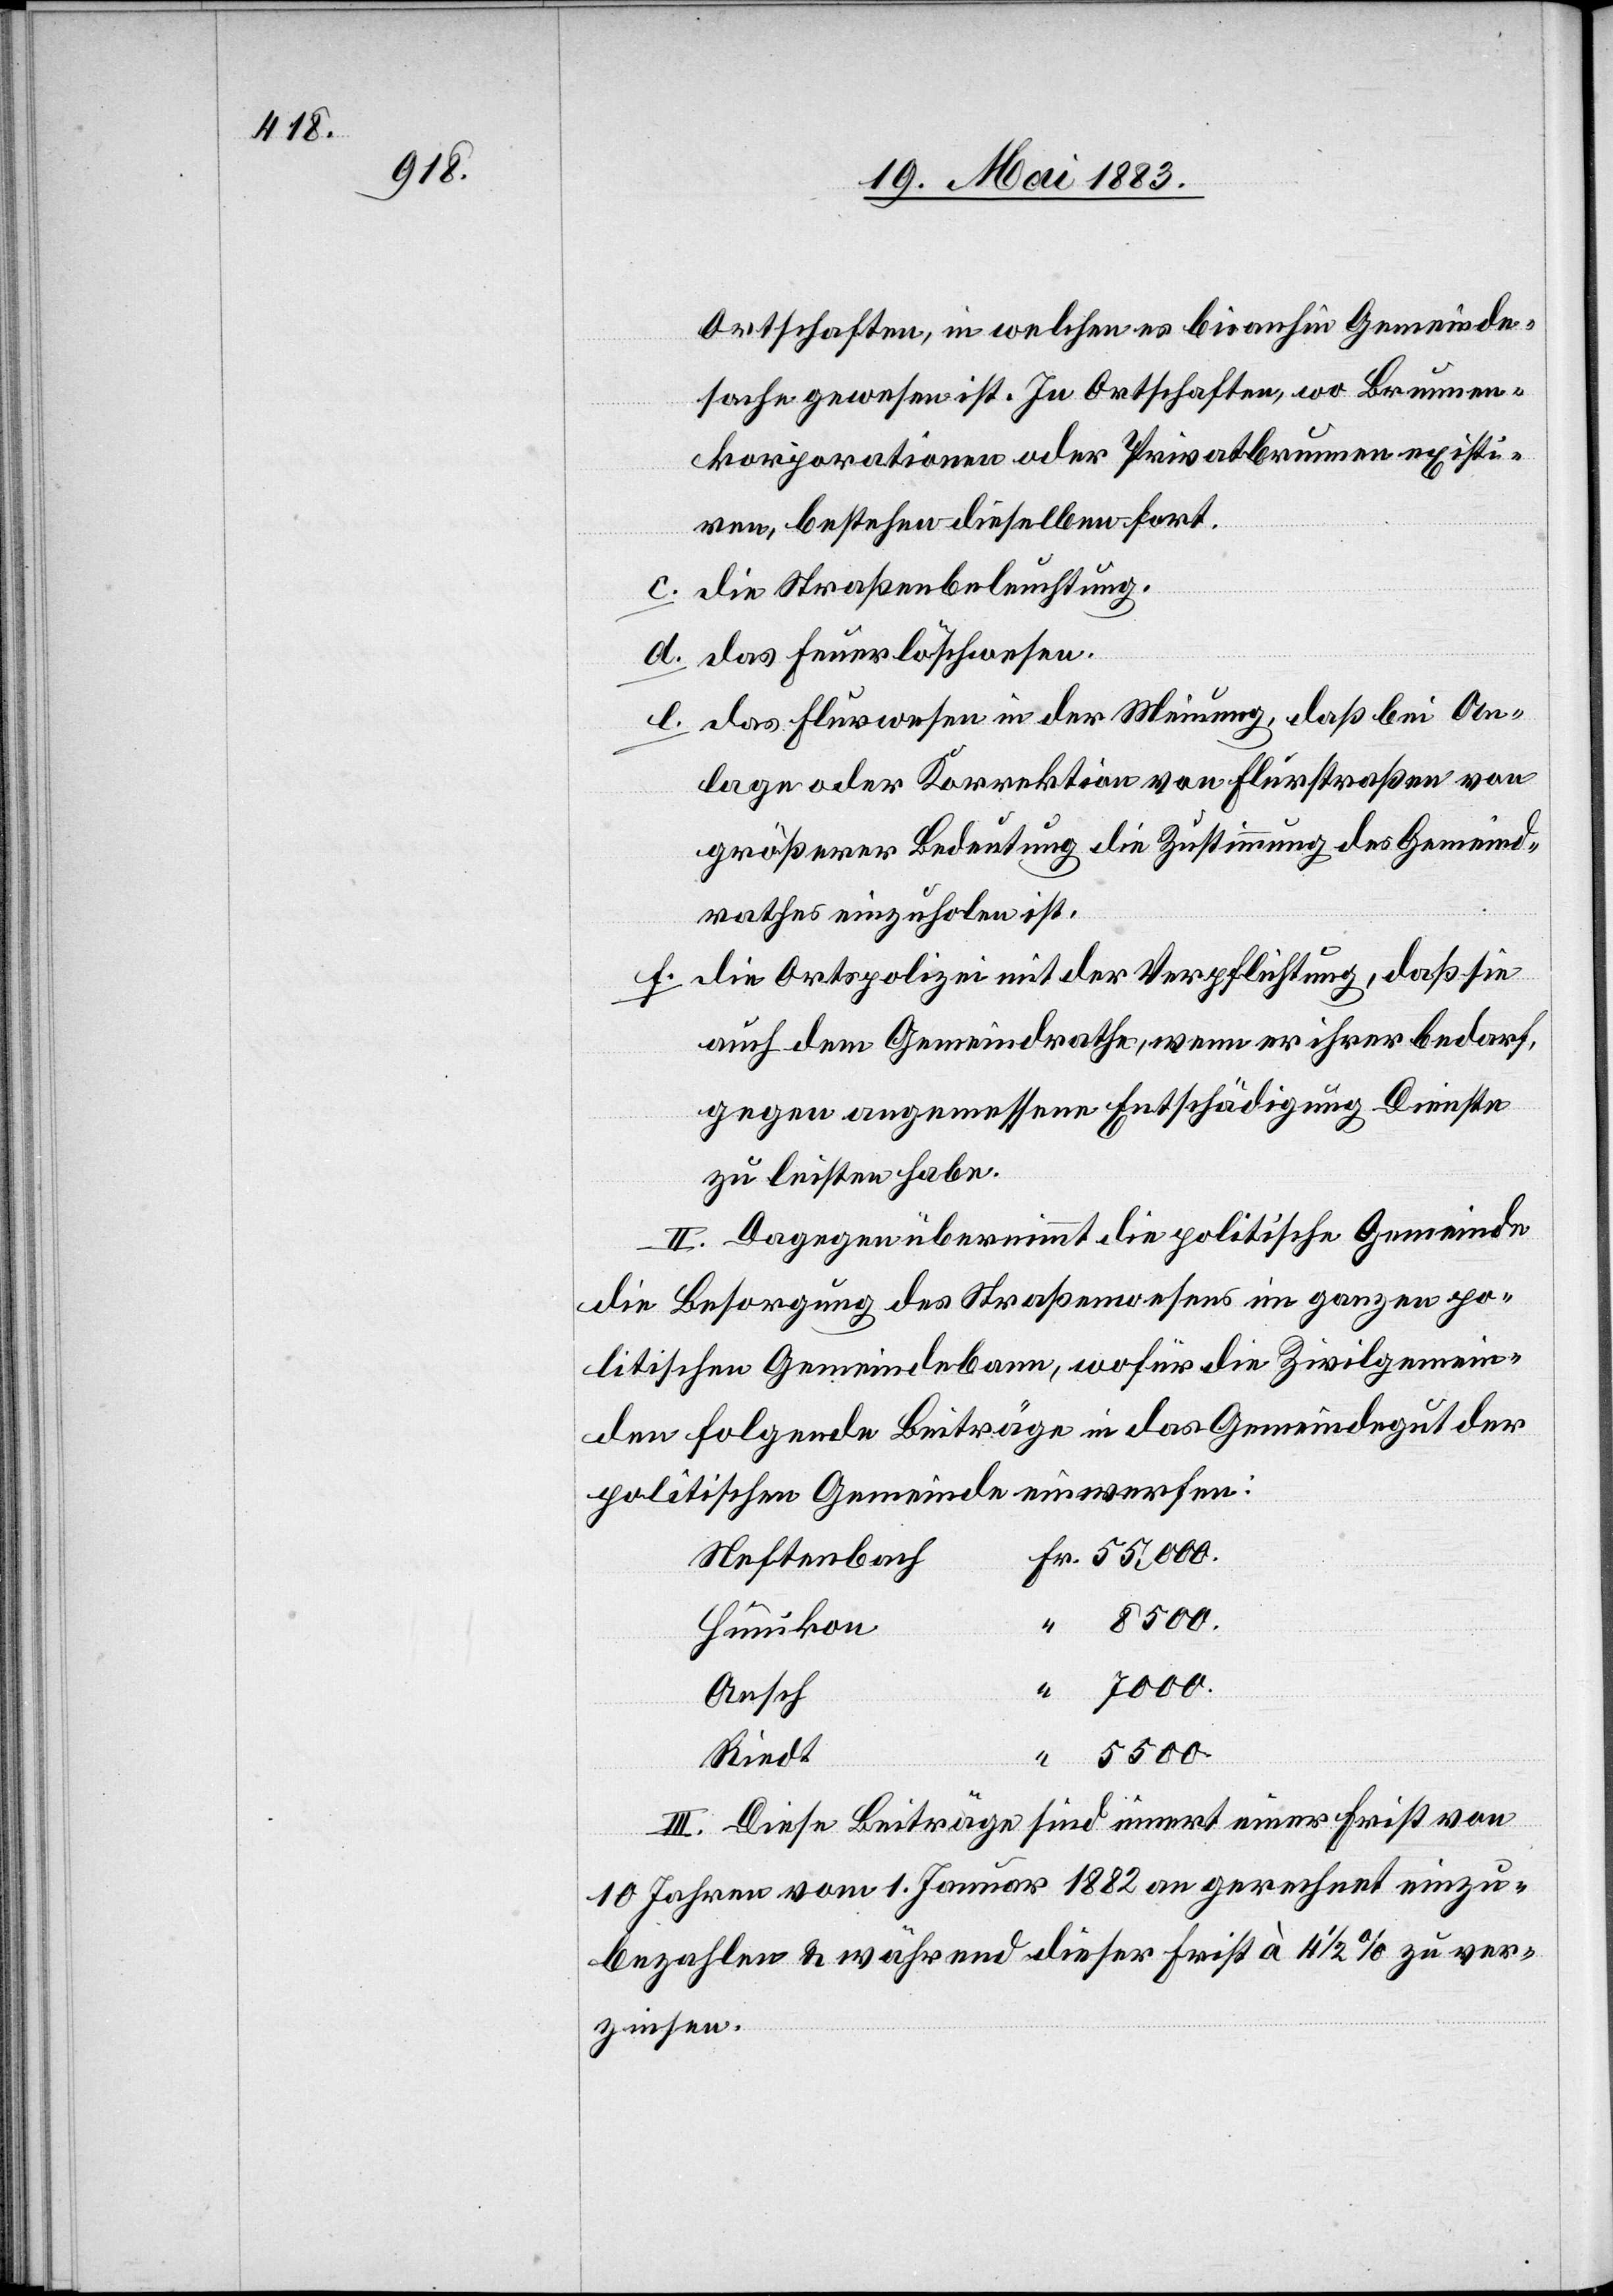
Ortschaften, in welchen es bis anhin Gemeinde¬
sache gewesen ist. In Ortschaften, wo Brunnen¬
korporationen oder Privatbrunnen existi¬
ren, bestehen dieselben fort.
c. die Straßenbeleuchtung,
d. das Feuerlöschwesen,
e. das Flurwesen in der Meinung, daß bei An¬
lage oder Korrektion von Flurstraßen von
größerer Bedeutung die Zustimmung des Gemeind¬
rathes einzuholen ist.
f. die Ortspolizei mit der Verpflichtung, daß sie
auch den Gemeindrathe, wenn er ihrer bedarf,
gegen angemessene Entschädigung Dienste
zu leisten habe.
II. Dagegen übernimmt die politische Gemeinde
die Besorgung des Straßenwesens im ganzen po¬
litischen Gemeindebann, wofür die Zivilgemein¬
den folgende Beiträge in das Gemeindegut der
politischen Gemeinde einwerfen:
Neftenbach
Hünikon
Aesch
55,000.
Riedt
III. Diese Beiträge sind innert einer Frist von
10 Jahren vom 1. Januar 1882 an gerechnet einzu¬
bezahlen & während dieser Frist à 4 1/2% zu ver¬
zinsen.